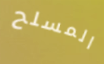
المسلح